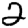
Digit: 2